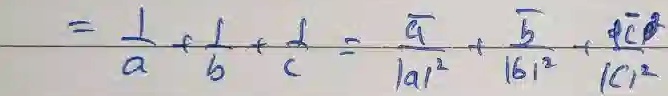
\[
\frac{1}{a}+\frac{1}{b}+\frac{1}{c}=\frac{\overline{a}}{\vert a\vert^{2}}+\frac{\overline{b}}{\vert b\vert^{2}}+\frac{\overline{c}}{\vert c\vert^{2}}
\]